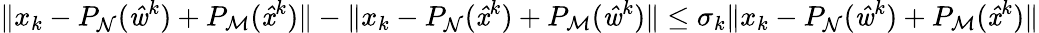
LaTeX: \| x_{k}-P_{\mathrm{\mathcal{N}}}(\mathit{\hat{w}}^{k})+P_{\mathrm{\mathcal{M}}}(\mathit{\hat{x}}^{k})\| -\| x_{k}-P_{\mathrm{\mathcal{N}}}(\mathit{\hat{x}}^{k})+P_{\mathrm{\mathcal{M}}}(\mathit{\hat{w}}^{k})\| \leq\sigma_{k}\| x_{k}-P_{\mathrm{\mathcal{N}}}(\mathit{\hat{w}}^{k})+P_{\mathrm{\mathcal{M}}}(\mathit{\hat{x}}^{k})\|